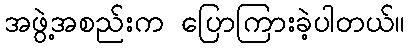
အဖွဲ့အစည်းက ပြောကြားခဲ့ပါတယ်။